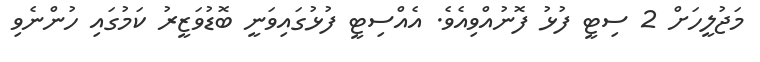
މަޖުލީހަށް 2 ސިޓީ ފުޅު ފޮނުއްވިއެވެ. އެއްސިޓީ ފުޅުގައިވަނީ ބޮޑުވަޒީރު ކަމުގައި ހުންނެވި